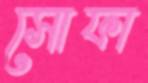
সোফা